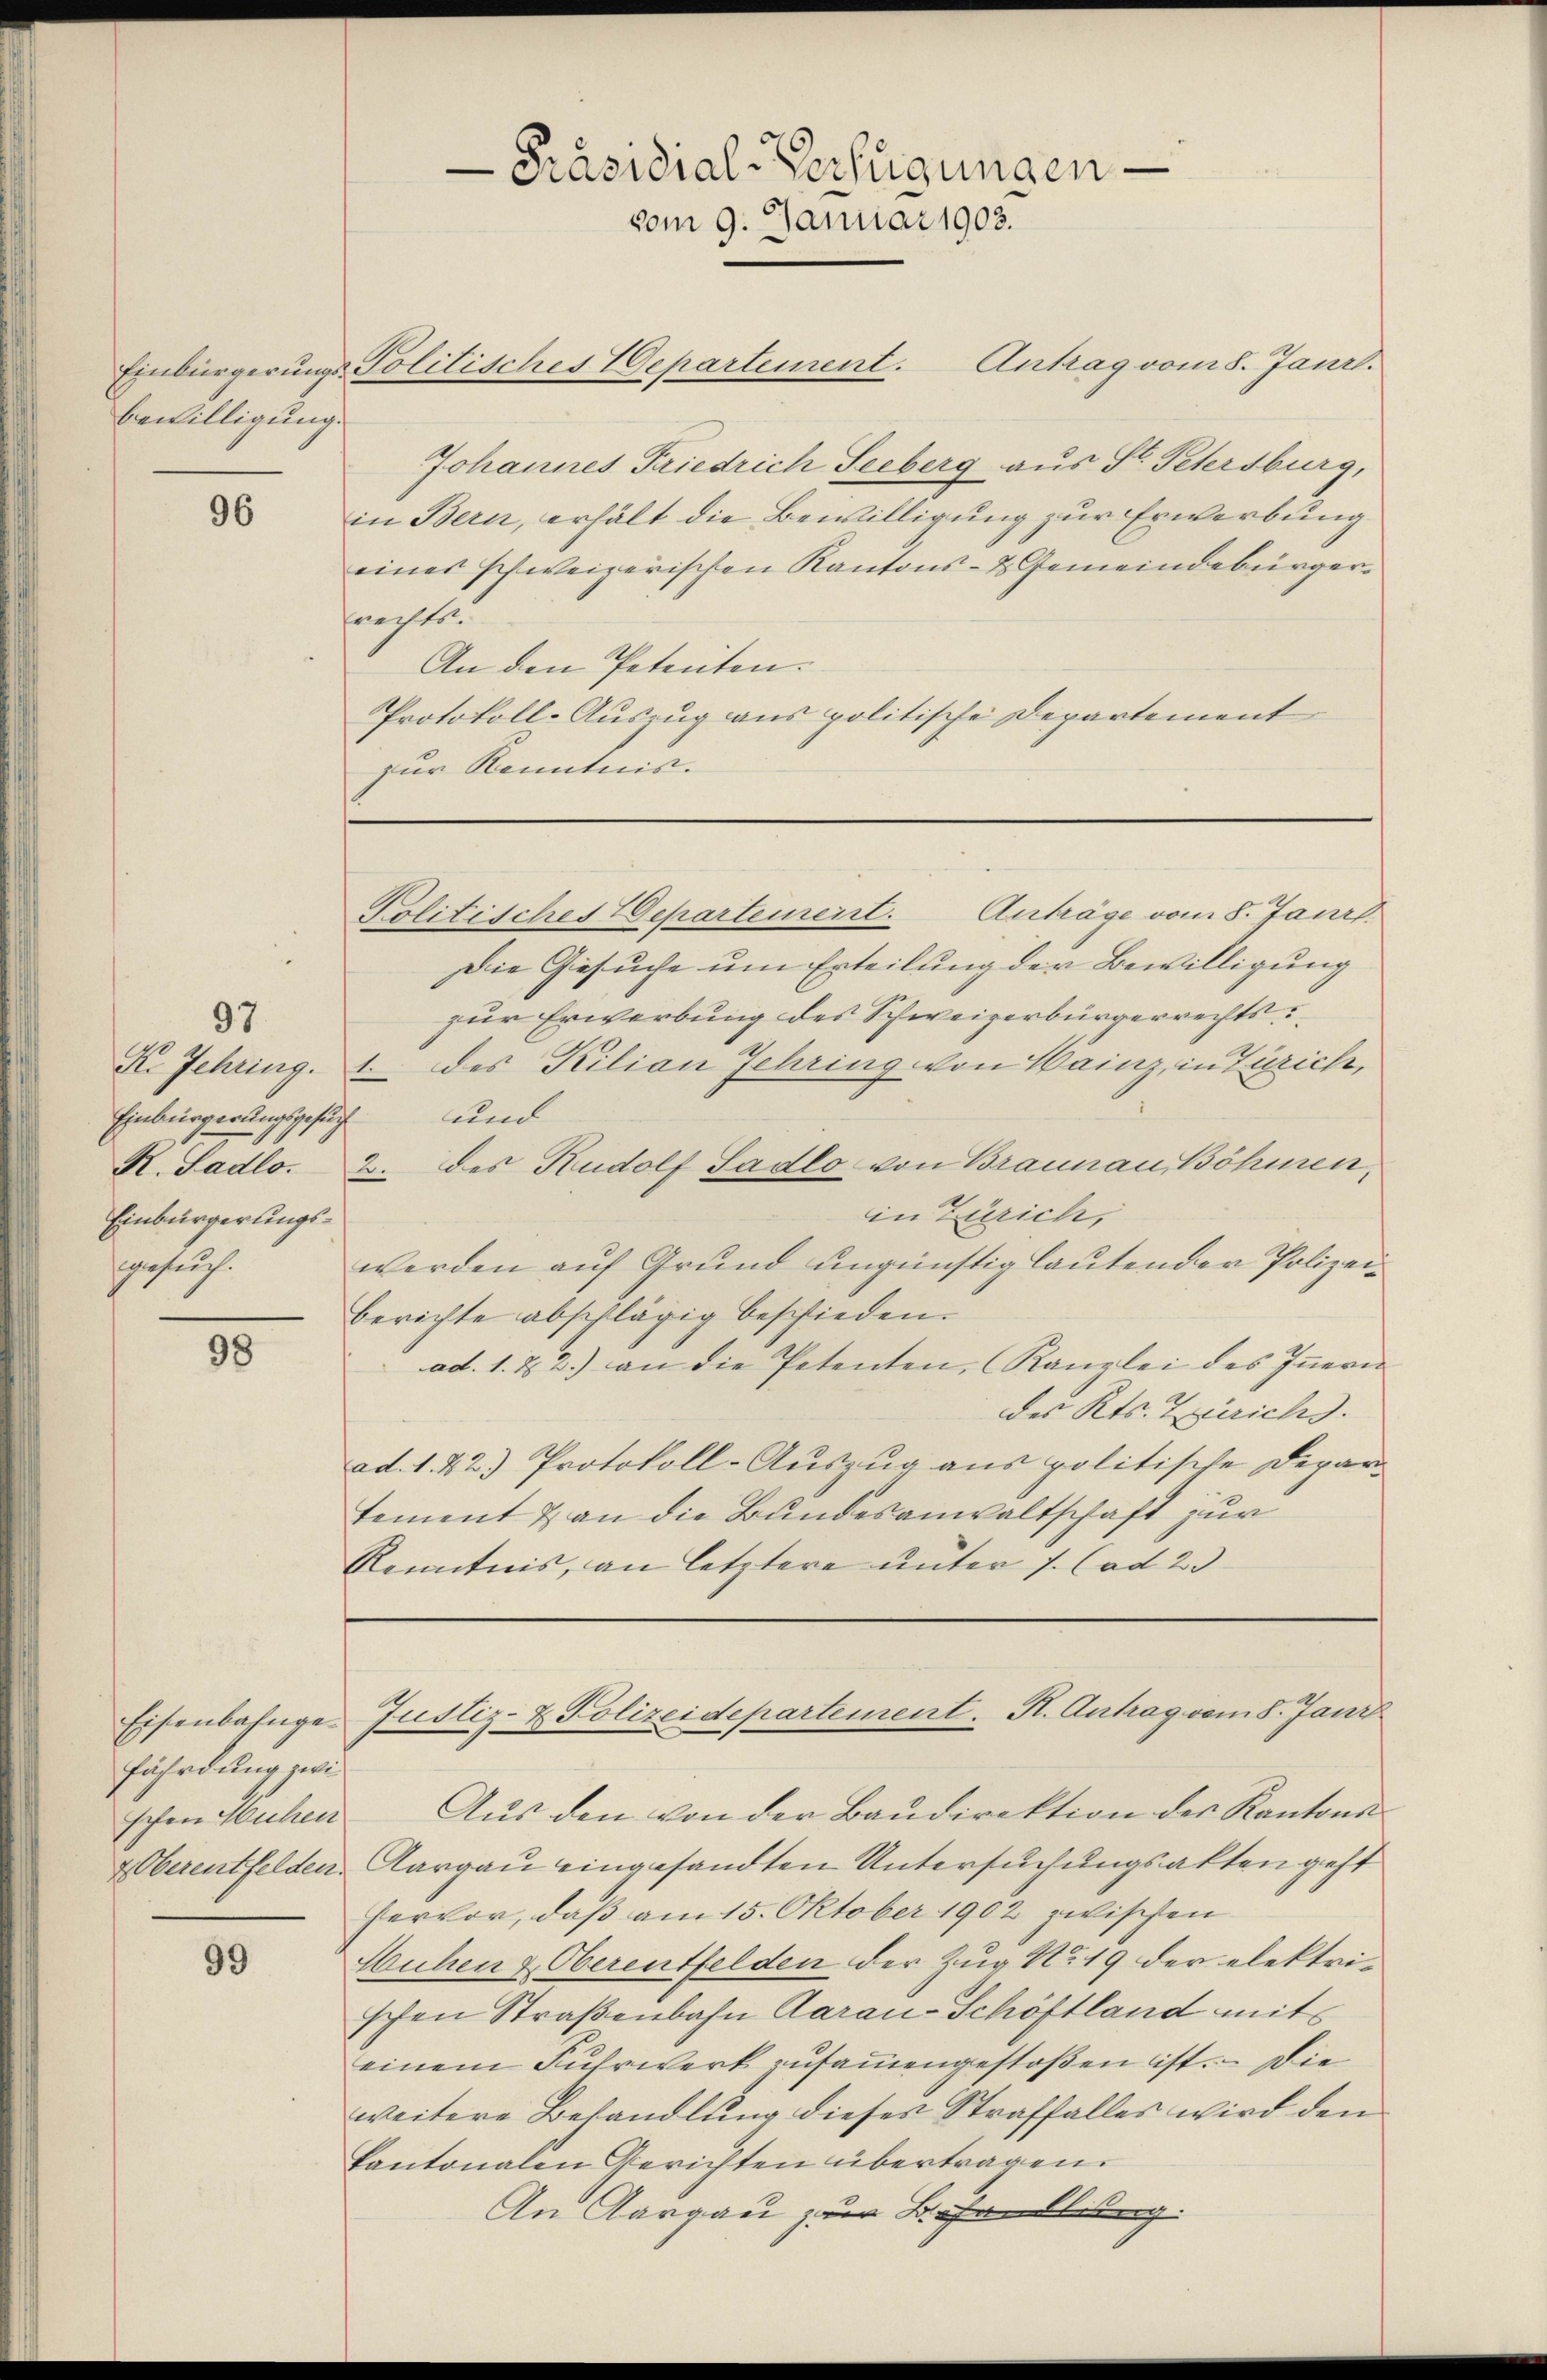
Bewilligung.

96

97.

Einbürgerungsgesuch und
Einbürgerungssgesuch.

98

Eisenbahngefährdung zwi
schen Mühen
4 Oberentfelden.

99

-Präsidial-Verfügungen
vom 9. Januar 1903.

Einbürgerungs-Politisches Departement. Antrag vom 8. Janr.

Johannes Friedrich Seeberg aus St. Petersburg,
in Bern, erhält die Bewilligung zur Erwerbung
eines schweizerischen Kantons- & Gemeindebürgernichts.
An den Petenten.
Protokoll-Auszug aus politische Departement
zur Kenntnis.

Die Gesuche um Erteilung der Bewilligung
zur Erwerbung des Schweizerbürgerrechts
K. Jehring. .. des Kilian Jehring von Hainz, in Zürich,
R. Sadlo. 2. des Rudolf Sadlo von Braunau, Böhmen,
in Zürich,
werden auf Grund ungünstig lautender Polizeiberichte abschlägig beschieden.
ad. 1. & 2.) an die Petenten, Kanzlei des Innern
des Kts. Zürichs.
ad. 1. 42.) Protokoll-Auszug aus politische Depar
tement & an die Bundesanwaltschaft zur
Kenntnis, an letztere unter s. Cad 2.

Anträge vom 8. Janr.
Politisches Departement.

Aus den von der Baudirektion des Kantons
Aargau eingesandten Untersuchungsakten geht
Hervor, daß am 15. Oktober 1902 zwischen
Huhen & Oberentfelden der Zug No. 19 der elektrischen Straßenbahn Aarau-Schöftland mit
einem Fuhrwerk zusammengestoßen ist. Die
weitere Behandlung dieses Straffalles wird den
kantonalen Gerichten übertragen.
An Aargau zur Behandlung.

Justiz- & Polizeidepartement. K. Antrag vom 8. Jani